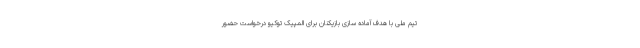
تیم ملی با هدف آماده سازی بازیکنان برای المپیک توکیو درخواست حضور